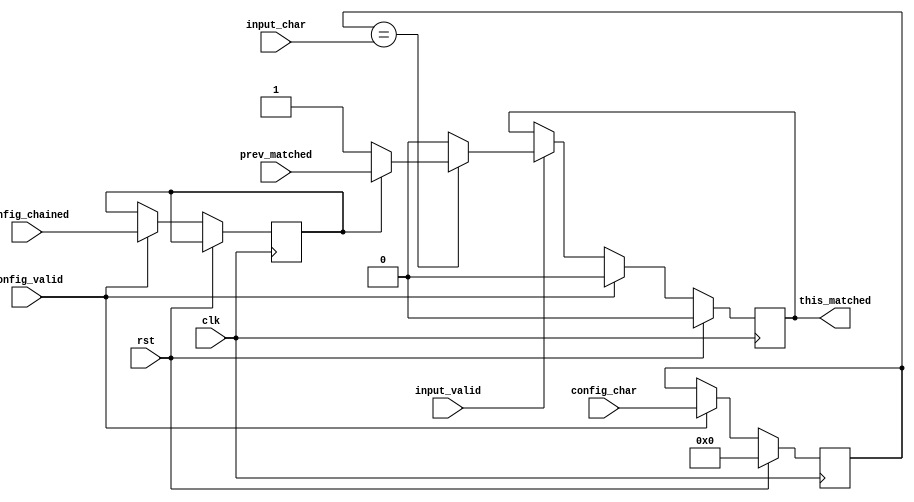
module rem_charmatch
    (
    clk,
    rst,
    config_valid,
    config_char,
    config_chained,
    input_valid,
    input_char,
    prev_matched,
    this_matched
    );
  input clk;
  input rst;
  input config_valid;
  input [7:0] config_char;
  input       config_chained;
  input       input_valid;
  input [7:0] input_char;
  input       prev_matched;
  output      this_matched;
  reg         char_match;
  reg [7:0]   char_data;
  reg 	      is_chained;
  assign this_matched = char_match;
  always @(posedge clk)
  begin
    if(rst) begin
      char_data <= 0;
      char_match <= 0;
    end    
    else begin      
      if (input_valid==1) begin
        if (char_data==input_char)
          char_match <= is_chained ? prev_matched : 1;
        else
          char_match <= 0;               
      end
      if (config_valid==1) begin
        char_data <= config_char;
        is_chained <= config_chained;
        char_match <= 0;
      end
    end              	     
  end
endmodule